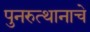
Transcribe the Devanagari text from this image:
पुनरुत्थानाचे